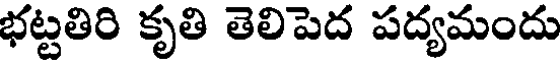
భట్టతిరి కృతి తెలిపెద పద్యమందు